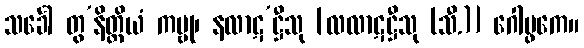
သင်္ခေါ တွ’နိတ္ထိယံ ကမ္ဗု၊ နလာဋ’ဋ္ဌီသု [လလာဋဋ္ဌီသု (သီ.)] ဂေါပ္ဖကေ။